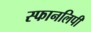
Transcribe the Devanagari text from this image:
स्फानलिपी